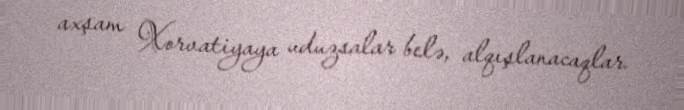
axşam Xorvatiyaya uduzsalar belə, alqışlanacaqlar.